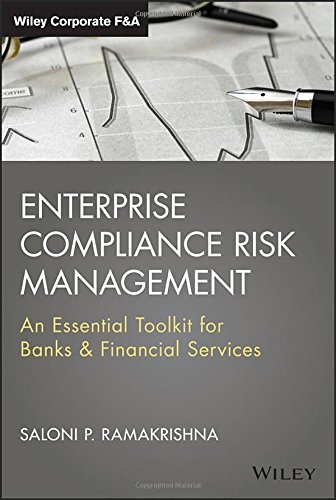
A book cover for Enterprise Compliance Risk Management: An Essential Toolkit for Banks and Financial Services (Wiley Corporate F&A); Saloni Ramakrishna; Business & Money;